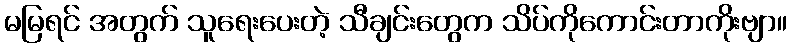
မမြရင် အတွက် သူရေးပေးတဲ့ သီချင်းတွေက သိပ်ကိုကောင်းတာကိုးဗျာ။